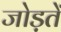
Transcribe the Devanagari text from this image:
जोड़तें